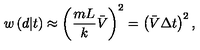
w \left( d | t \right) \approx \left( \frac { m L } k \bar { V } \right) ^ { 2 } = \left( \bar { V } \Delta t \right) ^ { 2 } ,